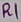
Text: R1